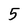
Character: 5